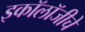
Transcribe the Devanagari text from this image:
इकॉलॉजीचे